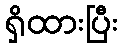
ရှိထားပြီး